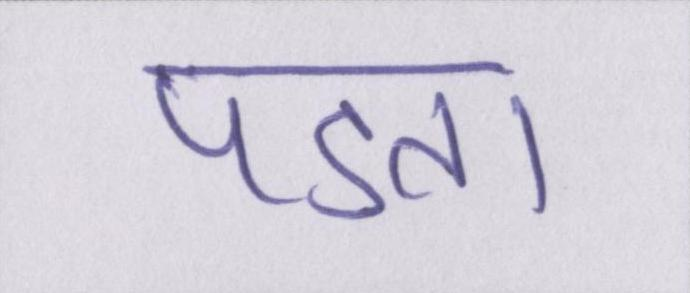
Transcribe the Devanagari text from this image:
पडता